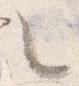
々